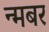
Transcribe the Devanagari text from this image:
न्मबर